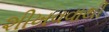
શીખવવાથી